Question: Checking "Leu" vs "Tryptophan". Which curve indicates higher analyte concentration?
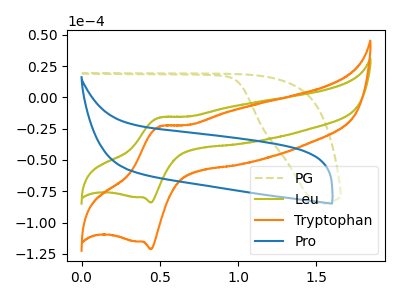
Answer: <think>The olive dashed curve "PG" has no peaks. The olive curve "Leu" has an anodic peak at (0.50V, -16.20uA) and a cathodic peak at (0.45V, -84.00uA). The orange curve "Tryptophan" has an anodic peak at (0.50V, -23.40uA) and a cathodic peak at (0.45V, -121.30uA). The blue curve "Pro" has no peaks.
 All the peaks in "Leu" have a peak in "Tryptophan" at the same potential.</think>
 <answer>I cant tell if "Leu" or "Tryptophan" has higher concentration.</answer>
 <eval>mixed_concentration</eval>